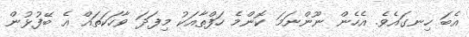
އެބަ ހިނގައެވެ. އެހެން ނޫންނަމަ ކޮންމެ ހަފްތާއަކު މިފަދަ ވާހަކަތައް އެ ބޭފުޅުން